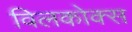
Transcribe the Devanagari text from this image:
विलकोक्स